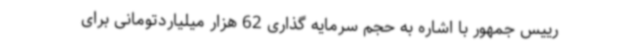
رییس جمهور با اشاره به حجم سرمایه گذاری 62 هزار میلیاردتومانی برای